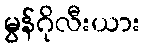
မွန်ဂိုလီးယား